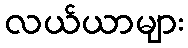
လယ်ယာများ